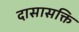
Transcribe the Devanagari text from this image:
दासासक्ति